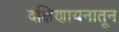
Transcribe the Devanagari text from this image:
दक्षिणायनातून